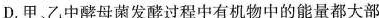
D.甲，乙中酵母菌发酵过程中有机物中的能量都大部